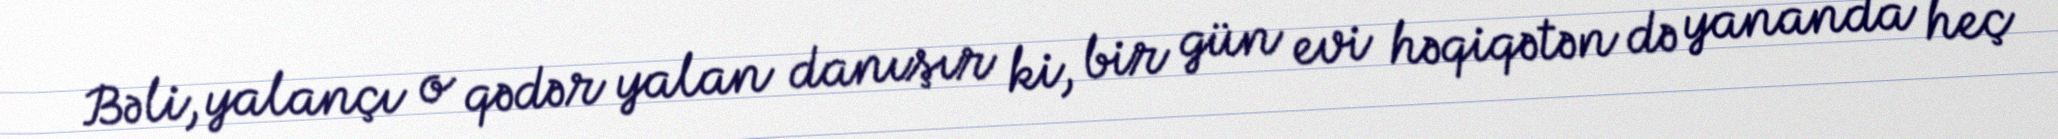
Bəli, yalançı o qədər yalan danışır ki, bir gün evi həqiqətən də yananda heç